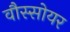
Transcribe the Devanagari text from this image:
वौस्सोयर